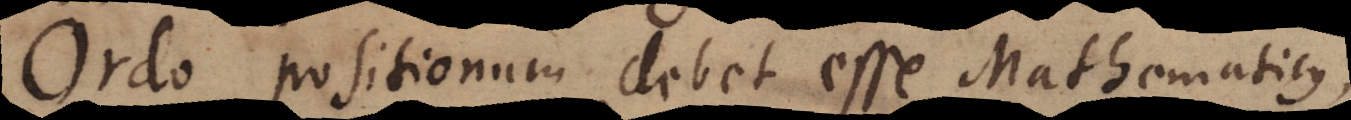
Ordo positionum debet esse Mathematicus,